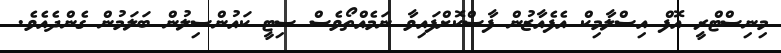
މިނިސްޓްރީ އޮފް އިސްލާމިކް އެފެއާޒުން ފާސްކޮށްފައިވާ ނަމެއްތޯވެސް ސިޓީ ކައުންސިލުން ބަލަމުން ގެންދެއެވެ.